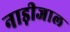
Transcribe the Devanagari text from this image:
नाड़ीजाल